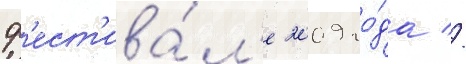
ф'ест'ива́л'е 2009 го́да //